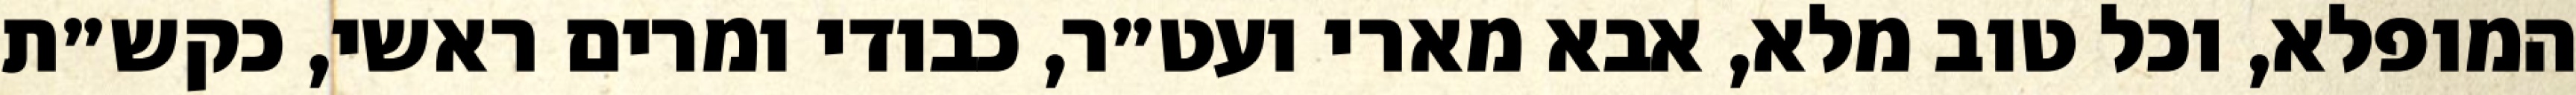
המופלא, וכל טוב מלא, אבא מארי ועט״ר, כבודי ומרים ראשי, כקש״ת